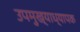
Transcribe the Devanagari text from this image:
उपमुख्याध्यापक